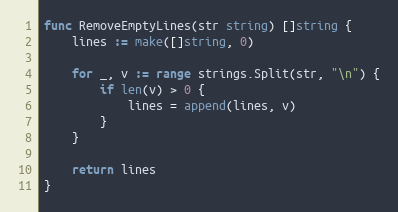
Language: Go
func RemoveEmptyLines(str string) []string {
	lines := make([]string, 0)

	for _, v := range strings.Split(str, "\n") {
		if len(v) > 0 {
			lines = append(lines, v)
		}
	}

	return lines
}